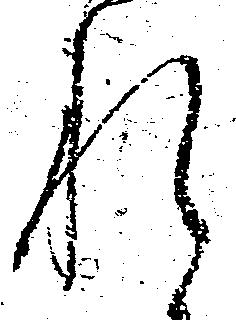
れ